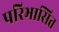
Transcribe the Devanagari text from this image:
परिभासित